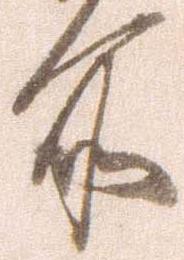
所